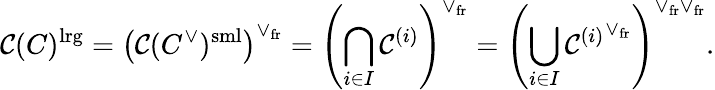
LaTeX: \mathcal C(C)^{\mathrm{lrg}}=\left(\mathcal C(C^{\vee})^{\mathrm{sml}}\right)^{\vee_{\mathrm{fr}}}=\left(\bigcap_{i\in I}\mathcal C^{(i)}\right)^{\vee_{\mathrm{fr}}}=\left(\bigcup_{i\in I}{\mathcal C^{(i)}}^{\vee_{\mathrm{fr}}}\right)^{\vee_{\mathrm{fr}}\vee_{\mathrm{fr}}}.